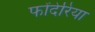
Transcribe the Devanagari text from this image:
फोंदेरिया